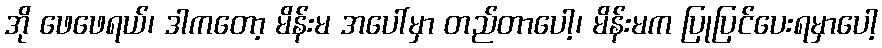
အို ဖေဖေရယ်၊ ဒါကတော့ မိန်းမ အပေါ်မှာ တည်တာပေါ့၊ မိန်းမက ပြုပြင်ပေးရမှာပေါ့